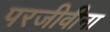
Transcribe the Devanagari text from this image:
परजीवीना